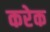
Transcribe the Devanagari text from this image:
करेक